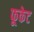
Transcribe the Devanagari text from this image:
फूकेट